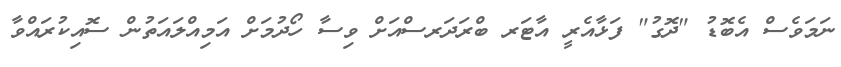
ނަމަވެސް އެބޮޑު "ދޮގު" ފަޅާއެރީ އާޓަރ ބްރަދަރސްއަށް ވިސާ ހޯދުމަށް އަމިއްލައަތުން ސޮއިކުރައްވާ